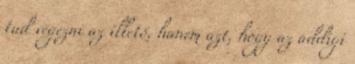
tud végezni az illető, hanem azt, hogy az addigi